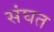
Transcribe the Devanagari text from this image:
संघत